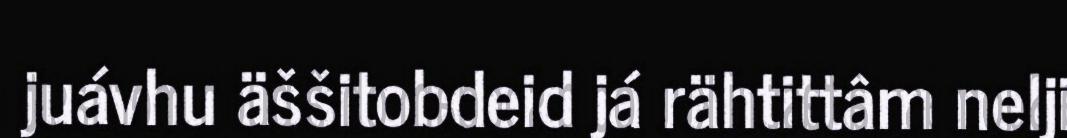
juávhu äššitobdeid já rähtittâm nelji